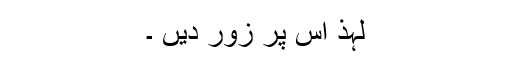
لہذ اُس پر زور دیں ۔